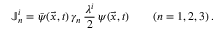
\mathbb { J } _ { n } ^ { i } = \bar { \psi } ( \vec { x } , t ) \, \gamma _ { n } \, { \frac { \lambda ^ { i } } { 2 } } \, \psi ( \vec { x } , t ) \qquad ( n = 1 , 2 , 3 ) \, .